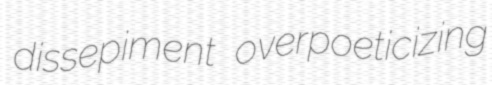
dissepiment overpoeticizing